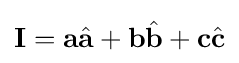
\mathbf {I} =\mathbf {a} {\hat {\mathbf {a} }}+\mathbf {b} {\hat {\mathbf {b} }}+\mathbf {c} {\hat {\mathbf {c} }}